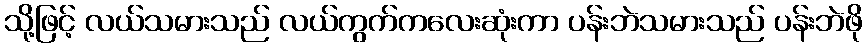
သို့ဖြင့် လယ်သမားသည် လယ်ကွက်ကလေးဆုံးကာ ပန်းဘဲသမားသည် ပန်းဘဲဖို